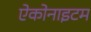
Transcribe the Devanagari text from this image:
ऐकोनाइटम